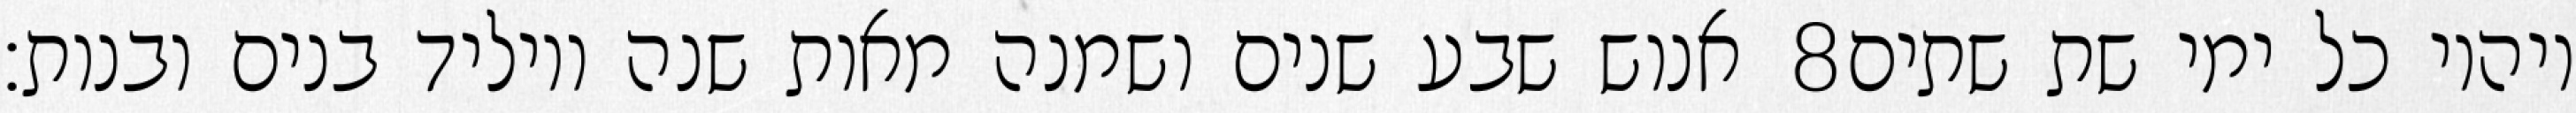
אנוש שבע שנים ושמנה מאות שנה ויוליד בנים ובנות׃ ‎8‏ ויהיו כל ימי שת שתים